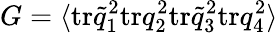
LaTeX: G=\langle\mathrm{tr}\widetilde q_{1}^{2}\mathrm{tr}q_{2}^{2}\mathrm{tr}\widetilde q_{3}^{2}\mathrm{tr}q_{4}^{2}\rangle